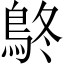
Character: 鴤